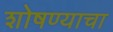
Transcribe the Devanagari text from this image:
शोषण्याचा